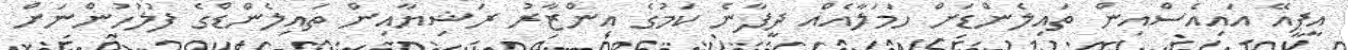
އީޕީއޭ އައިއެސްއިން ތައިލެންޑަށް ހަމަލާއެއް ދީފާނެ ކަމުގެ އިންޒާރު ރަޝިޔާއިން ތައިލެންޑްގެ ފުލުހުންނަށް